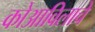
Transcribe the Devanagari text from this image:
कोआविलाचे